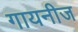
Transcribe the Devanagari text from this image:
गायनीज